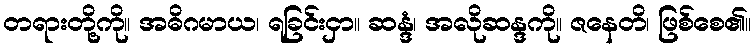
တရားတို့ကို။ အဓိဂမာယ၊ ရခြင်းငှာ။ ဆန္ဒံ၊ အလိုဆန္ဒကို။ ဇနေတိ၊ ဖြစ်စေ၏။